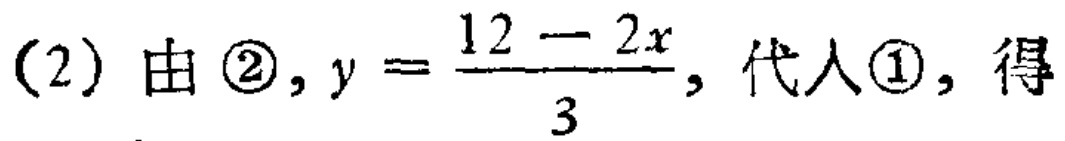
(2) 由 \(\textcircled{2}\)，\(y = \frac{12 - 2x}{3}\)，代入 \(\textcircled{1}\)，得